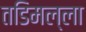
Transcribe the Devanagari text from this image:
तडिमल्ला